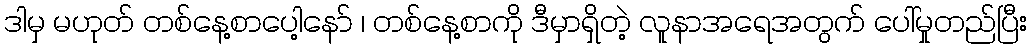
ဒါမှ မဟုတ် တစ်နေ့စာပေါ့နော် ၊ တစ်နေ့စာကို ဒီမှာရှိတဲ့ လူနာအရေအတွက် ပေါ်မှုတည်ပြီး